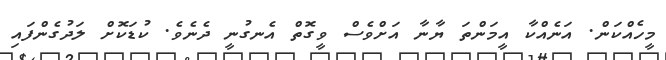
މީހެއްކަން. އަނެއްކާ އީމަންތަ ޔާނާ އަށްވެސް ވީގޮތް އެނގުނީ ދެނެވެ. ކުޑަކޮށް ލަދުގެންފައި